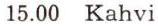
15.00 Kahvi